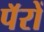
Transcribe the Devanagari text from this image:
पॅरों